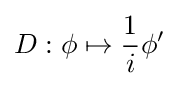
D:\phi \mapsto {\frac {1}{i}}\phi '